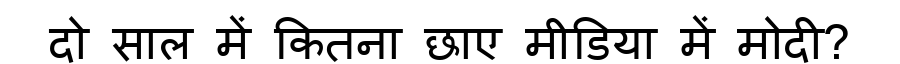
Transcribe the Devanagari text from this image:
दो साल में कितना छाए मीडिया में मोदी?